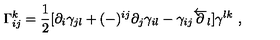
\Gamma _ { i j } ^ { k } = { \frac { 1 } { 2 } } [ \partial _ { i } \gamma _ { j l } + ( - ) ^ { i j } \partial _ { j } \gamma _ { i l } - \gamma _ { i j } \overleftarrow \partial _ { l } ] \gamma ^ { l k } \ ,